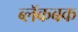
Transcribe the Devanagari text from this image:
ब्लॅकबक